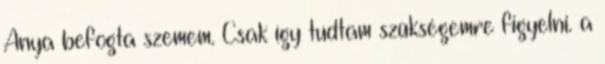
Anya befogta szemem. Csak így tudtam szükségemre figyelni. a